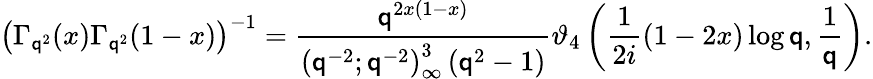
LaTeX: \left(\Gamma_{\mathsf{q}^{2}}(x)\Gamma_{\mathsf{q}^{2}}(1-x)\right)^{-1}={\frac{{\mathsf{q}^{2x(1-x)}}}{{\left(\mathsf{q}^{-2};\mathsf{q}^{-2}\right)_{\infty}^{3}\left(\mathsf{q}^{2}-1\right)}}}\vartheta_{4}\left({\frac{{1}}{{2i}}}(1-2x)\log\mathsf{q},{\frac{{1}}{{\mathsf{q}}}}\right).